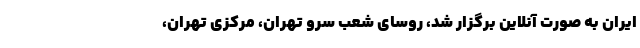
ایران به صورت آنلاین برگزار شد، روسای شعب سرو تهران، مرکزی تهران،